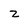
Character: z